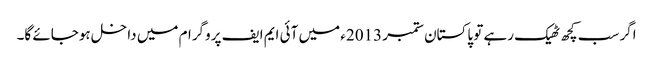
اگر سب کچھ ٹھیک رہے تو پاکستان ستمبر 2013ء میں آئی ایم ایف پروگرام میں داخل ہوجائے گا۔